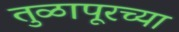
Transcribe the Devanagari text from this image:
तुळापूरच्या